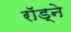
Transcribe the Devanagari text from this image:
राॅड्ने